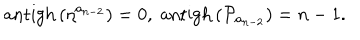
\mathrm { a n t i g h } \left( \eta ^ { a _ { n - 2 } } \right) = 0 , \; \mathrm { a n t i g h } \left( \mathcal { P } _ { a _ { n - 2 } } \right) = n - 1 .